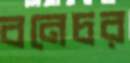
বনেচর